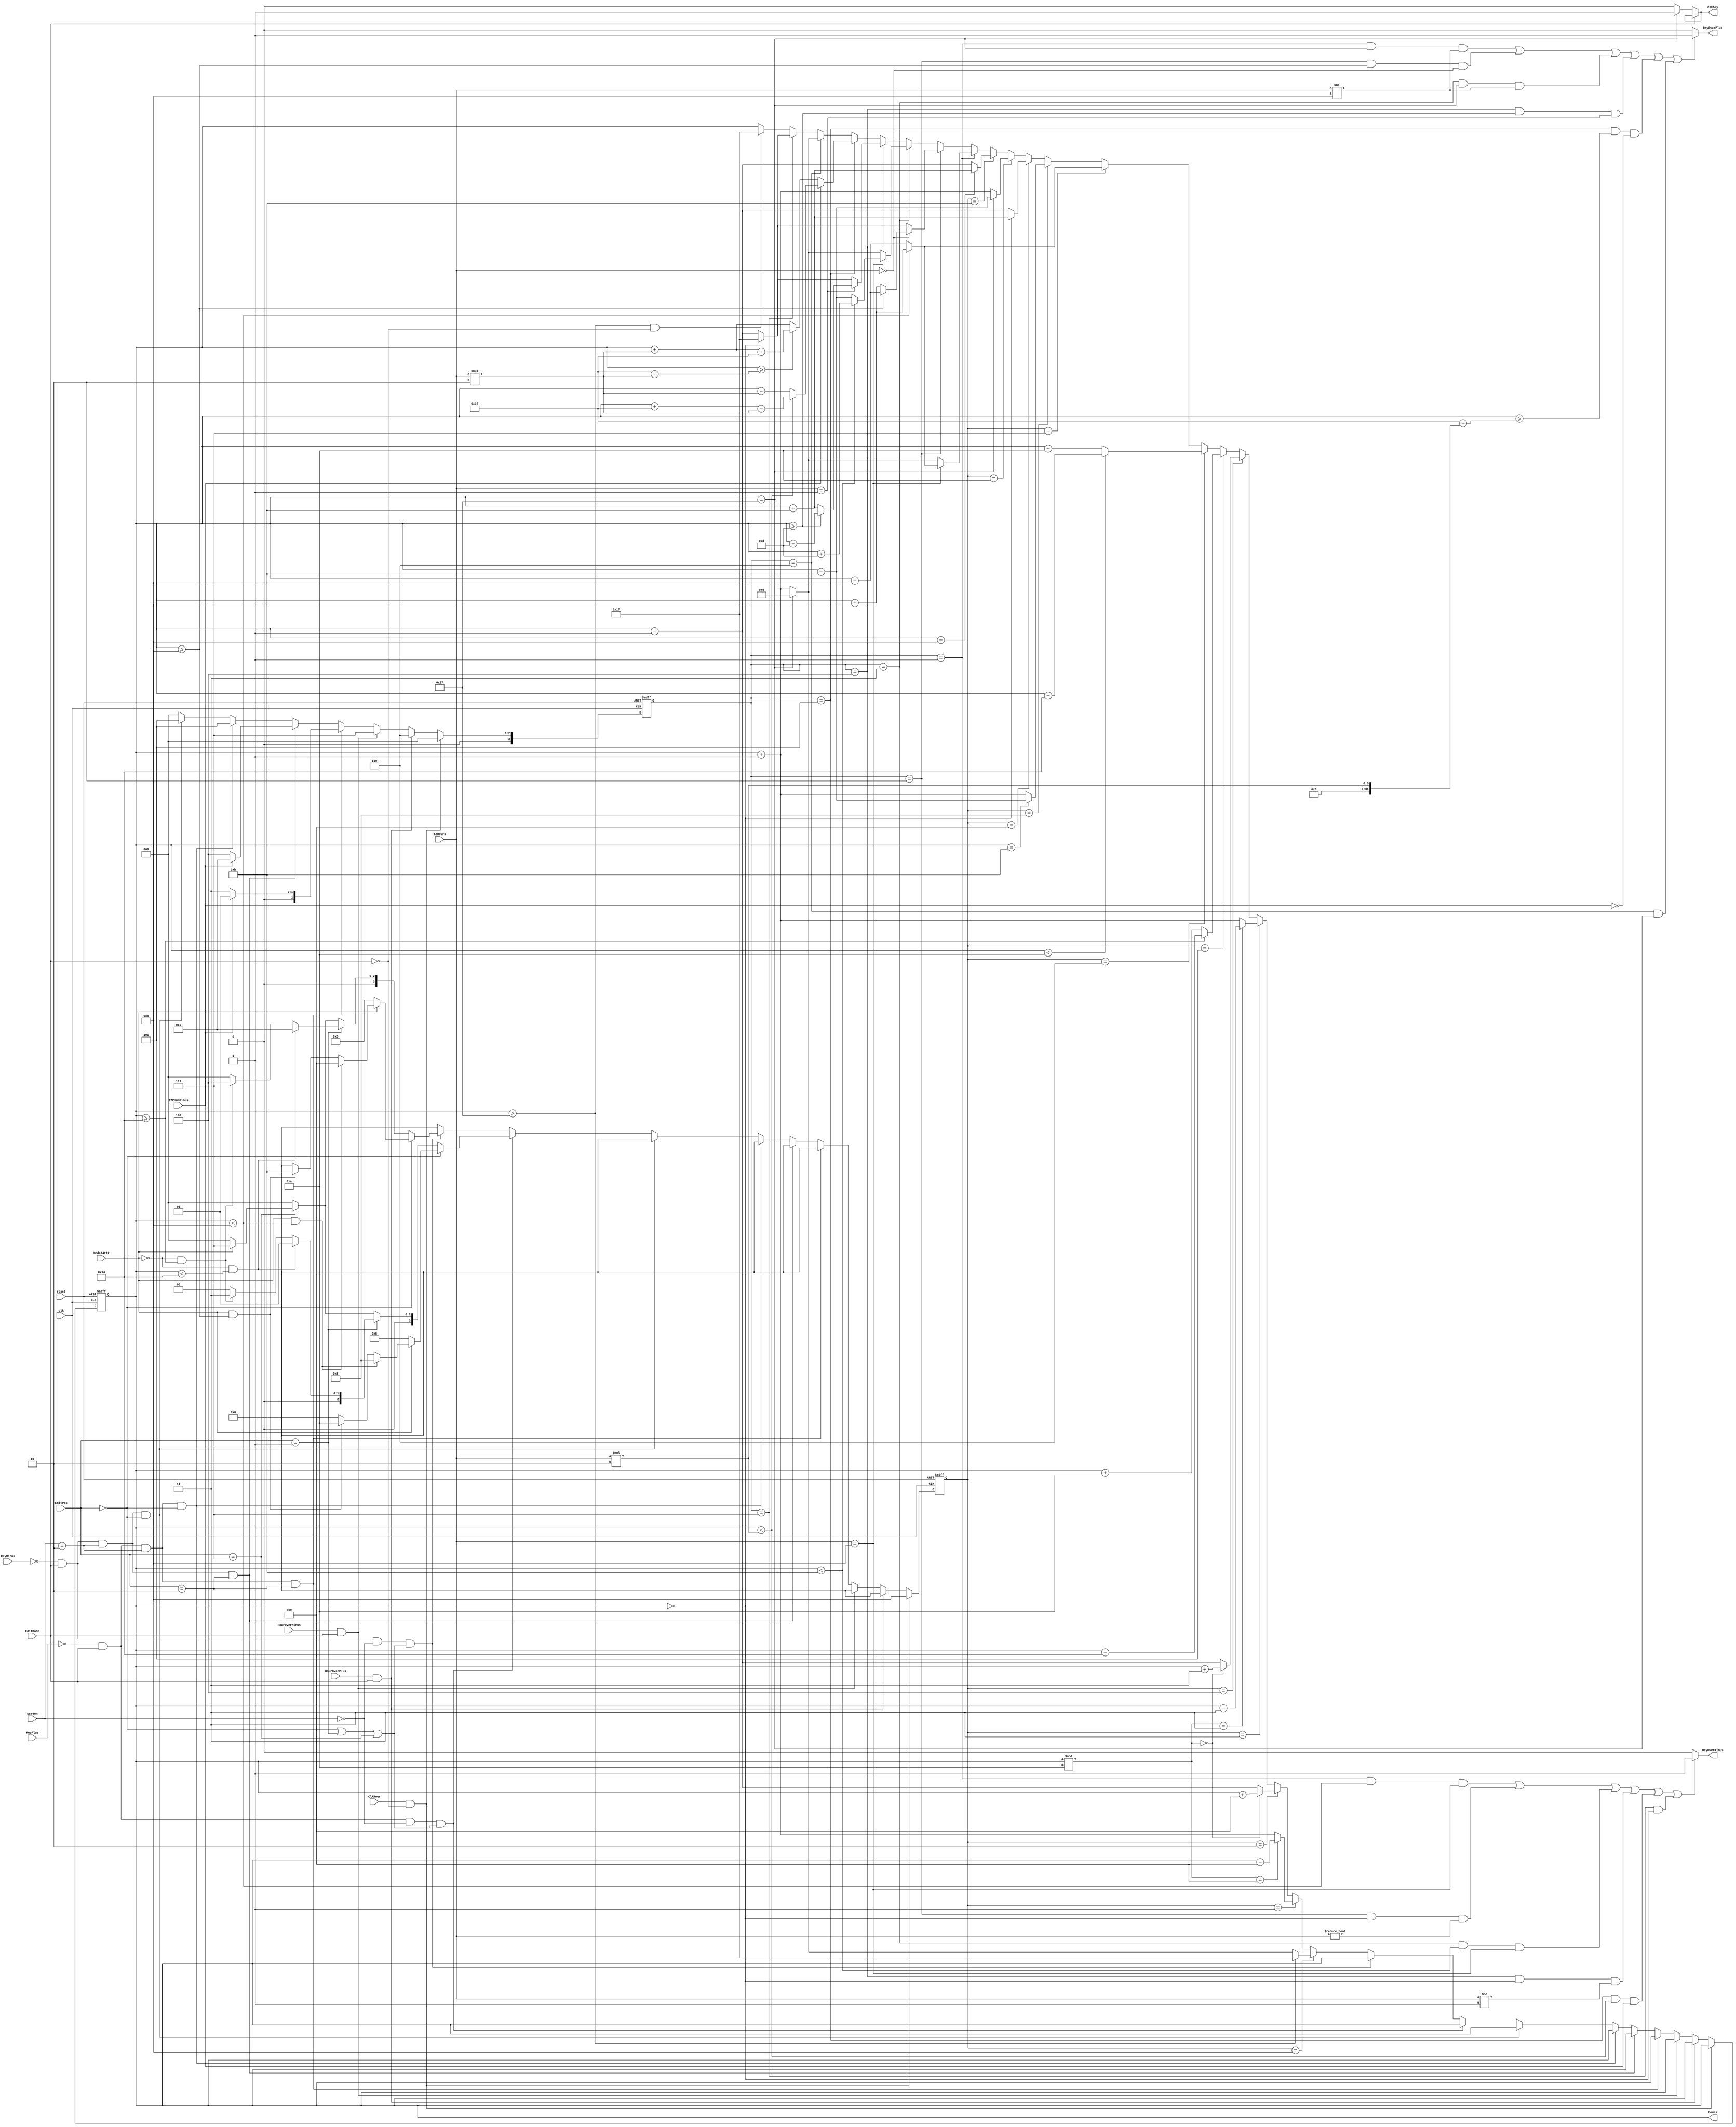
/** Hours Manager
 * 
 * Input: EditPos, reset, screen, HourOverPlus, HourOverMinus, Mode24t12
 *        ClkHour, clk, KeyPlus, KeyMinus,
 *        TZPlusMinus, TZHours
 * Output: hours, ClkDay, DayOverPlus, DayOverMinus
 * 
 * Dependence: none
 * 
 * Function: Manage hours of project
 * 
 * Description Input, Output:
 * 
 * - hours: perform hours of project
 * - ClkDay: the clock for days counter
 * - DayOverPlus, DayOverMinus: the signal to plus, minus day when in Time Zone Mode
 * - ClkHour: the clock for hours counter
 * - clk: the main clock for flip-flop
 * - KeyPlus, KeyMinus: plus, minus 1 unit of current position when in Edit Mode
 * - reset: to reset the project
 * - Mode24t12: perform the digital clock are in 12h or 24h, it is high when in 12h
 * - EditPos: the current position of hex. This is opposite with hex which is 0 in the leftmost while it is 7
 * - EditMode: perform Edit Mode which is high or low
 * - screen: perform the current screen
 * - HourOverPlus, HourOverMinus: the signal to plus, minus hour when in Time Zone Mode
 * - TZPlusMinus: perform the plus or minus of time zone
 * - TZHours: perform the hours of time zone
 */
module HourCounter(hours, ClkDay, DayOverPlus, DayOverMinus,
						ClkHour, clk, KeyPlus, KeyMinus, reset,
						Mode24t12, EditPos, EditMode, screen, HourOverPlus, HourOverMinus,
						TZPlusMinus, TZHours);
	output reg[6:0] hours;
	output ClkDay, DayOverPlus, DayOverMinus;
	input [2:0] EditPos;
	input [6:0] TZHours;
	input clk, ClkHour,
			KeyPlus, KeyMinus, reset,
			EditMode, Mode24t12, HourOverPlus, HourOverMinus,
			TZPlusMinus;
	input [1:0] screen;
	
	reg [3:0] mode, mode2;
	
	assign ClkDay = EditMode == 1? ClkDay:  hours == 23? 1'b1: 1'b0;
	assign DayOverPlus = ((mode2 == 1 && hours == 23 && TZHours != 12) ||
									(mode2 == 2 && hours >= 12 && TZHours == 0) ||
									(mode2 == 3 && hours == 23 && TZHours != 12) ||
									(mode2 == 4 && hours >= 13 && TZHours == 1) ||
									(mode2 == 5 && hours >= 24 - TZHours * 2 && TZPlusMinus == 0) ||
									(mode2 == 6 && hours == 23))? 1'b1: 1'b0;
	assign DayOverMinus = ((mode2 == 1 && hours < 12 && TZHours == 12) ||
									(mode2 == 2 && hours == 0 && TZHours != 0) ||
									(mode2 == 3 && hours < 11 && TZHours == 12) ||
									(mode2 == 4 && hours == 0 && TZHours != 1) ||
									(mode2 == 5 && hours < TZHours * 2 && TZPlusMinus == 1) ||
									(mode2 == 7 && hours == 0))? 1'b1: 1'b0;

	always @(posedge clk, negedge reset) begin
		if(~reset) begin
			hours <= 0;
			mode <= 0;
			mode2 <= 0;
		end
		else if(ClkHour && EditMode == 0) begin
			mode2 <= 0;
			mode <= 12;
		end
		else if(HourOverPlus && EditMode == 1) begin
			mode <= 0;
			mode2 <= 6;
		end
		else if(HourOverMinus && EditMode == 1) begin
			mode <= 0;
			mode2 <= 7;
		end
		else if(~KeyPlus && EditMode == 1 && screen == 2 && EditPos == 2) begin
			mode <= 0;
			if (TZPlusMinus == 1) mode2 <= 1;
			else mode2 <= 3;
		end
		else if(~KeyMinus && EditMode == 1 && screen == 2 && EditPos == 2) begin
			mode <= 0;
			if (TZPlusMinus == 1) mode2 <= 2;
			else mode2 <= 4;
		end
		else if(~KeyPlus && EditMode == 1 && screen == 2 && EditPos == 0) begin
			mode <= 0;
			mode2 <= 5;
		end
		else if(~KeyMinus && EditMode == 1 && screen == 2 && EditPos == 0) begin
			mode <= 0;
			mode2 <= 5;
		end
		else if(~KeyPlus && EditMode == 1 && screen == 0 && (EditPos == 0 || EditPos == 1 || EditPos == 7)) begin
			mode2 <= 0;
			if(EditPos == 0) begin
				if (Mode24t12 == 0) mode <= 5;
				else if (Mode24t12 == 1 && hours < 12) mode <= 8;
				else if (Mode24t12 == 1 && hours >= 12) mode <= 10;	
				else mode <= 0;
			end
			else if(EditPos == 1) begin
				if (Mode24t12 == 0 && hours < 20) mode <= 1;
				else if (Mode24t12 == 0 && hours >= 20) mode <= 3;
				else mode <= 0;
			end
			else if(EditPos == 7) begin
				if (Mode24t12 == 1) mode <= 7;
				else mode <= 0;
			end
			else mode <= 0;
		end
		else if(~KeyMinus && EditMode == 1 && screen == 0 && (EditPos == 0 || EditPos == 1 || EditPos == 7)) begin
			mode2 <= 0;
			if(EditPos == 0) begin
				if (Mode24t12 == 0) mode <= 6;
				else if (Mode24t12 == 1 && hours < 12) mode <= 9;
				else if (Mode24t12 == 1 && hours >= 12) mode <= 11;	
				else mode <= 0;
			end
			else if(EditPos == 1) begin
				if (Mode24t12 == 0 && hours < 20) mode <= 2;
				else if (Mode24t12 == 0 && hours >= 20) mode <= 4;
				else mode <= 0;
			end
			else if(EditPos == 7) begin
				if (Mode24t12 == 1) mode <= 7;
				else mode <= 0;
			end
			else mode <= 0;
		end
		else begin
			mode <= 0;
			mode2 <= 0;
			hours <= mode == 12? (hours > 23? 7'd23: hours == 23? 7'd0: hours + 7'd1):
						mode == 1? (hours % 10 == 9? hours - 7'd9: hours + 7'd1):
						mode == 2? (hours % 10 == 0? hours + 7'd9: hours - 7'd1):
						mode == 3? (hours % 10 == 3? hours - 7'd3: hours + 7'd1):
						mode == 4? (hours % 10 == 0? hours + 7'd3: hours - 7'd1):
						mode == 5? (hours >= 20? hours - 7'd20: hours + 7'd10):
						mode == 6? (hours < 10? hours + 7'd20: hours - 7'd10):
						mode == 7? (hours < 12? hours + 7'd12: hours - 7'd12):
						mode == 8? (hours == 11? hours - 7'd11: hours + 7'd1):
						mode == 9? (hours == 0? hours + 7'd11: hours - 7'd1):
						mode == 10? (hours == 23? hours - 7'd11: hours + 7'd1):
						mode == 11? (hours == 12? hours + 7'd11: hours - 7'd1):
						mode2 == 1? (TZHours == 12? (hours < 12? hours + 7'd12: hours - 7'd12): (hours == 23? 7'd0: hours + 7'd1)):
						mode2 == 2? (TZHours == 0? (hours >= 12? hours - 7'd12: hours + 7'd12): (hours == 0? 7'd23: hours - 7'd1)):
						mode2 == 3? (TZHours == 12? (hours < 11? hours + 7'd13: hours - 7'd11): (hours == 23? 7'd0: hours + 7'd1)):
						mode2 == 4? (TZHours == 1? (hours >= 13? hours - 7'd13: hours + 7'd11): (hours == 0? 7'd23: hours - 7'd1)):
						mode2 == 5? (TZPlusMinus == 0? (hours >= (7'd24 - TZHours * 7'd2)? (hours + TZHours * 7'd2 - 7'd24): hours + TZHours * 7'd2):
										(hours < TZHours * 2? (hours + 7'd24 - TZHours * 7'd2): (hours - TZHours * 7'd2))):
						mode2 == 6? hours == 23? 7'd0: hours + 7'd1:
						mode2 == 7? hours == 0? 7'd23: hours - 7'd1:
						(hours > 23 && EditMode == 0)? 7'd23: hours;
		end
		
	end
	
endmodule